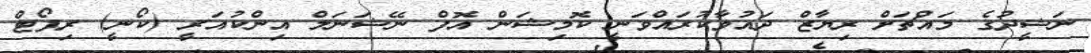
ނަޝީދުގެ މައްޗަށް ރިޔާޒް ދައުވާކުރައްވަނީ ކޮމިޝަން އޮފް ނޭޝަނަލް އިންކުއަރީ (ކޯނީ) ރިޕޯޓް